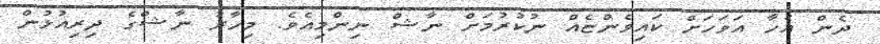
ދެން އެހާ އަވަހަށް ކައިވެންޏެއް ނުކުރުމަށް ނާޝް ނިންމިއެވެ. މިހާރު ނާޝްގެ ދިރިއުޅުން